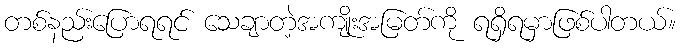
တစ်နည်းပြောရရင် သေချာတဲ့အကျိုးအမြတ်ကို ရရှိရမှာဖြစ်ပါတယ်။